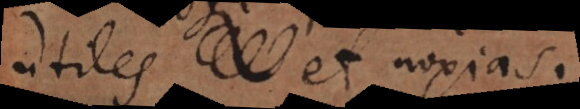
utiles et noxias.